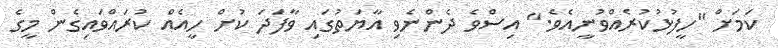
ކަމަށް "ހީފުޅުކުރެއްވުނީއެވެ." އިސްވެ ދެންނެވި އާޔަތުގައި ވާފަދަ ކުށް ހީއެއް ކުރައްވައިގެން މީގެ